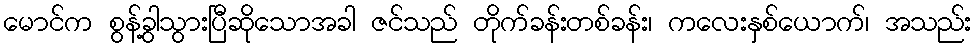
မောင်က စွန့်ခွါသွားပြီဆိုသောအခါ ဇင်သည် တိုက်ခန်းတစ်ခန်း၊ ကလေးနှစ်ယောက်၊ အသည်း